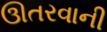
ઊતરવાની